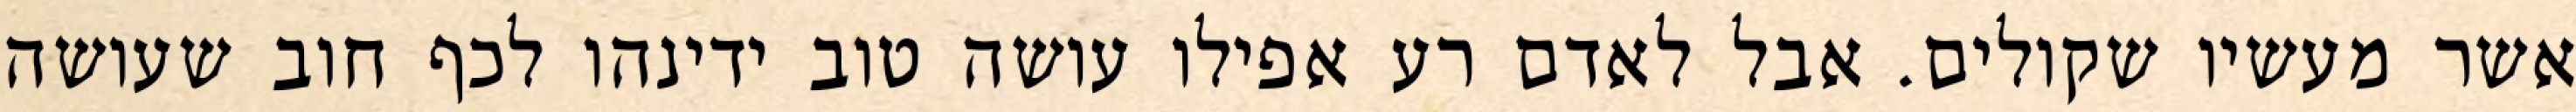
אשר מעשיו שקולים. אבל לאדם רע אפילו עושה טוב ידינהו לכף חוב שעושה